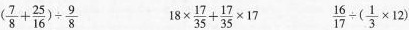
$$( \frac{ 7 } { 8 } + \frac{ 2 5 } { 1 6 } ) \div \frac{ 9 } { 8 }$$ $$1 8 \times \frac{ 1 7 } { 3 5 } + \frac{ 1 7 } { 3 5 } \times 1 7$$ $$\frac{ 1 6 } { 1 7 } \div ( \frac{ 1 } { 3 } \times 1 2 )$$